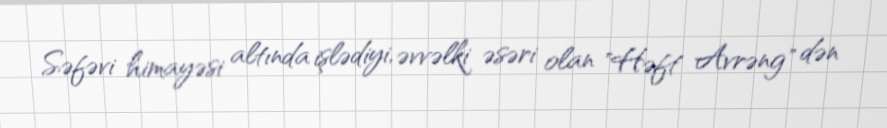
Səfəvi himayəsi altında işlədiyi, əvvəlki əsəri olan "Həft Avrəng" dən